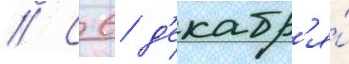
// С 6 д'екабр'я́